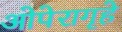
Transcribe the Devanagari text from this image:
ओपेरागृहे